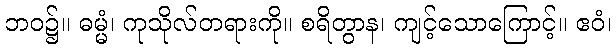
ဘဝ၌။ ဓမ္မံ၊ ကုသိုလ်တရားကို။ စရိတွာန၊ ကျင့်သောကြောင့်။ ဧဝံ၊